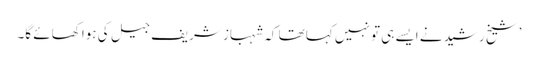
’شیخ رشید نے ایسے ہی تو نہیں کہا تھا کہ شہباز شریف جیل کی ہوا کھائے گا۔